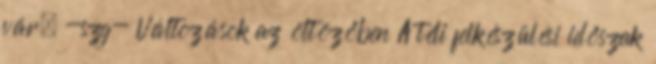
vár. -szg- Változások az öltözőben A téli felkészülési időszak